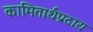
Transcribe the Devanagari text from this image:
कामितार्थप्रदाय